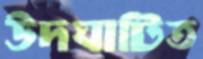
উদঘাটিত